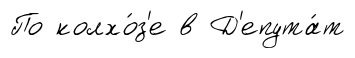
По колхо́з'е в Д'епута́т